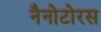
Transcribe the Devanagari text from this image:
नैनोटोरस